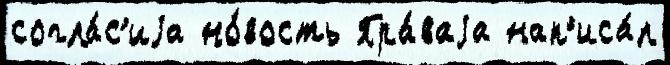
согла́с'иjа но́вость Пра́ваjа нап'иса́л